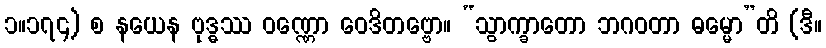
၁။၁၇၄) စ နယေန ဗုဒ္ဓဿ ဝဏ္ဏော ဝေဒိတဗ္ဗော။ “သွာက္ခာတော ဘဂဝတာ ဓမ္မော”တိ (ဒီ။